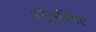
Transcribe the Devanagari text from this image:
स्ट्रेनरियर